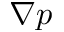
\nabla p